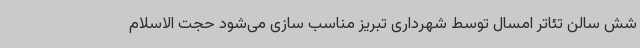
شش سالن تئاتر امسال توسط شهرداری تبریز مناسب سازی می‌شود حجت الاسلام